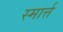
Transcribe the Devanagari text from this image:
स्मार्त्त